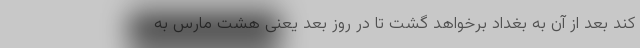
کند بعد از آن به بغداد برخواهد گشت تا در روز بعد یعنی هشت مارس به